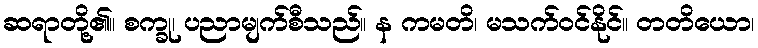
ဆရာတို့၏။ စက္ခု၊ ပညာမျက်စီသည်။ န ကမတိ၊ မသက်ဝင်နိုင်။ တတိယော၊